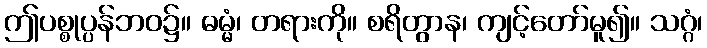
ဤပစ္စုပ္ပန်ဘဝ၌။ ဓမ္မံ၊ တရားကို။ စရိတွာန၊ ကျင့်တော်မူ၍။ သဂ္ဂံ၊